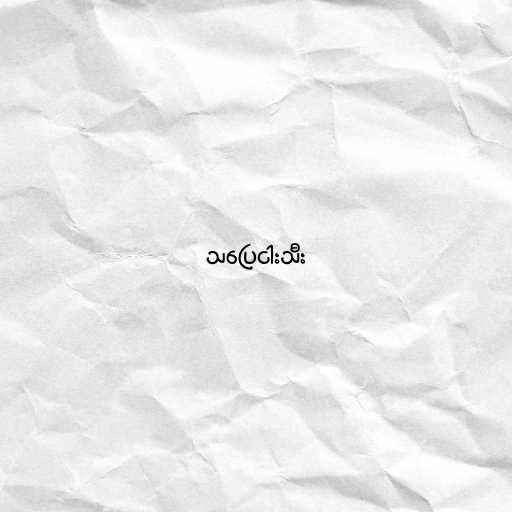
သပြေငါးသီး